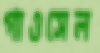
গাওসেল